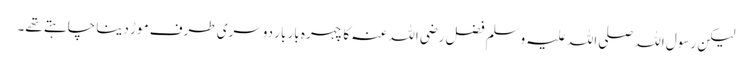
لیکن رسول اللہ صلی اللہ علیہ وسلم فضل رضی اللہ عنہ کا چہرہ بار بار دوسری طرف موڑ دینا چاہتے تھے۔